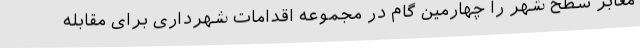
معابر سطح شهر را چهارمین گام در مجموعه اقدامات شهرداری برای مقابله